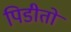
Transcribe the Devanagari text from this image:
पिडीतो